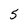
Character: 5